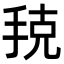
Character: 𭠳